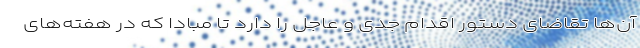
آن‌ها تقاضای دستور اقدام جدی و عاجل را دارد تا مبادا که در هفته‌های